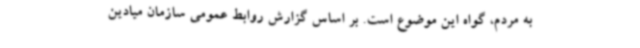
به مردم، گواه این موضوع است. بر اساس گزارش روابط عمومی سازمان میادین